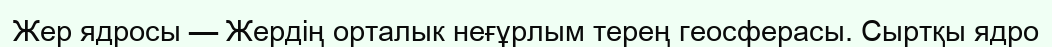
Жер ядросы — Жердің орталык неғұрлым терең геосферасы. Сыртқы ядро